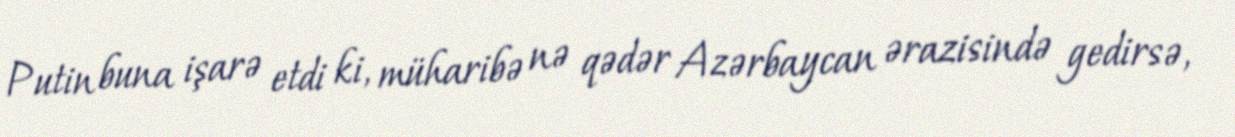
Putin buna işarə etdi ki, müharibə nə qədər Azərbaycan ərazisində gedirsə,